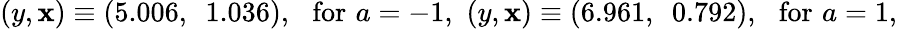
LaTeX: (y,\mathbf{x})\equiv(5.006,~~1.036),\, \, \, \, \mathrm{{for}}\, \, a=-1,\, \, (y,\mathbf{x})\equiv(6.961,~~0.792),\, \, \, \, \mathrm{{for}}\, \, a=1,\, \,